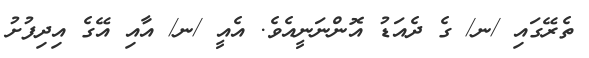
ތެރޭގައި /ނ/ ގެ ދެއަޑު އޮންނަނީއެވެ. އެއީ /ނ/ އާއި އޭގެ އިދިފުށު